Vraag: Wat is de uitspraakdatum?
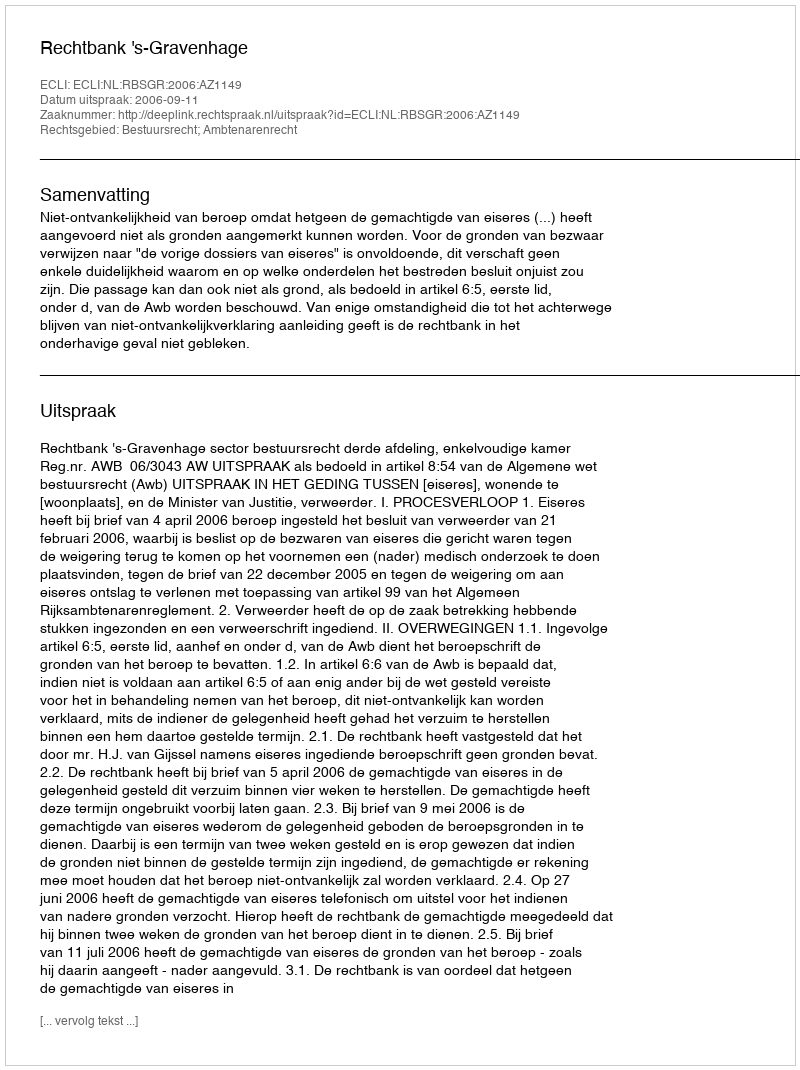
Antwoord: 2006-09-11